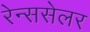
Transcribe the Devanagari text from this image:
रेन्ससेलर